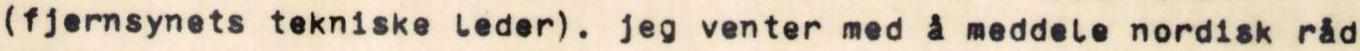
(fjernsynets tekniske leder). jeg venter med å meddele nordisk råd